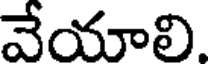
వేయాలి.